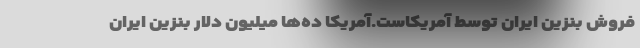
فروش بنزين ايران توسط آمريكاست.آمریکا ده‌ها میلیون دلار بنزین ایران